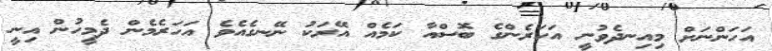
އަހަންނަށް މިއިނދެވުނީ އަހަރެންގެ ބޮސްއާ ކަމެއް އޭރަކު ނޭނގެއެވެ އަހަރެމެން ދެމީހުން އިނީ